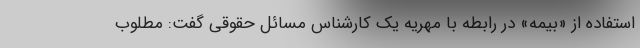
استفاده از «بیمه» در رابطه با مهریه یک کارشناس مسائل حقوقی گفت: مطلوب